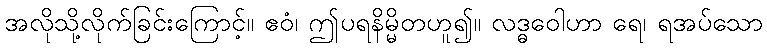
အလိုသို့လိုက်ခြင်းကြောင့်။ ဧဝံ၊ ဤပရနိမ္မိတဟူ၍။ လဒ္ဓဝေါဟာ ရေ၊ ရအပ်သော